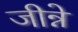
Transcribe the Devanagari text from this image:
जीन्ने